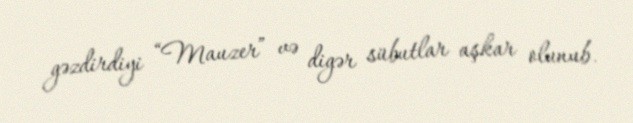
gəzdirdiyi “Mauzer” və digər sübutlar aşkar olunub.